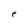
Character: e